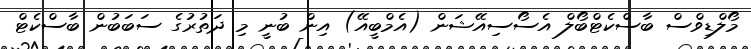
މޯލްޑިވްސް ބާސްކެޓްބޯލް އެސޯސިއޭޝަން (އެމްބީއޭ) އިން ބުނީ މި ދަތުރުގެ ސަބަބުން ބާސްކެޓް